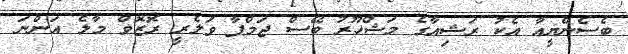
ބެސެންޔީއާ އެކު ރަޝިއާގެ މަޝްހޫރު ބޭސް ޖަމްޕާ ވަލެރީ ރޮޒޮވް މާލެ އަންނަ